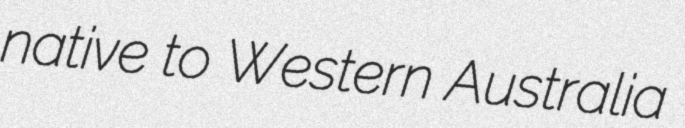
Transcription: native to Western Australia